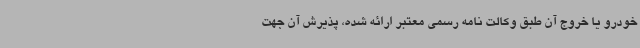
خودرو یا خروج آن طبق وکالت نامه رسمی معتبر ارائه شده، پذیرش آن جهت